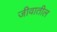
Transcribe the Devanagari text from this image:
जीवातील